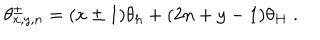
\theta _ { x , y , n } ^ { \pm } = ( x \pm 1 ) \theta _ { h } + ( 2 n + y - 1 ) \theta _ { H } \; .